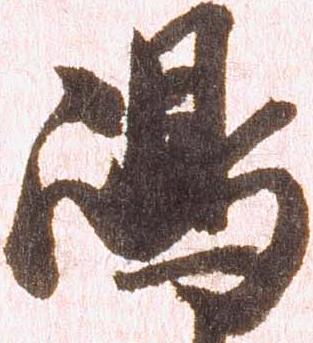
嶋